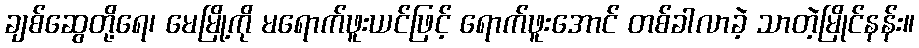
ချစ်ဆွေတို့ရေ၊ မေမြို့ကို မရောက်ဖူးယင်ဖြင့် ရောက်ဖူးအောင် တစ်ခါလာခဲ့ သာတဲ့မြိုင်နန်း။